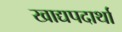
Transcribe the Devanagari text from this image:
खाद्यपदार्था